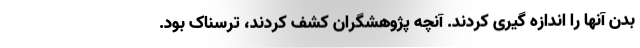
بدن آنها را اندازه گیری کردند. آنچه پژوهشگران کشف کردند، ترسناک بود.